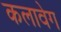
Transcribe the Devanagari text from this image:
कलावेग